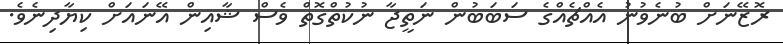
ރޮޒޭނަށް ބުނެވުނު އެއްޗެއްގެ ސަބަބުން ނަތީޖާ ނުކުތްގޮތް ވެސް ޝާއިން އޭނައަށް ކިޔާދިނެވެ.